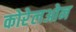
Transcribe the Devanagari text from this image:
कोरेलओन